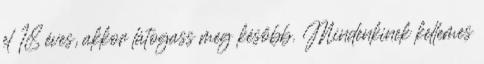
el 18 éves, akkor látogass meg később. Mindenkinek kellemes